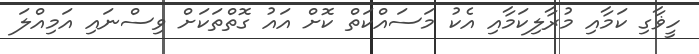
ހީޥާގި ކަމާއި މުރާލިކަމާއި އެކު މަސައްކަތް ކޮށް އައު ގޮތްތަކަށް ވިސްނައި އަމިއްލަ